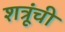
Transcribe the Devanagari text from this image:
शत्रूंची